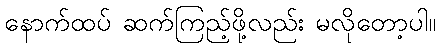
နောက်ထပ် ဆက်ကြည့်ဖို့လည်း မလိုတော့ပါ။